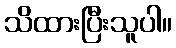
သိထားပြီးသူပါ။